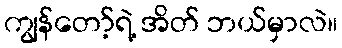
ကျွန်တော့်ရဲ့ အိတ် ဘယ်မှာလဲ။